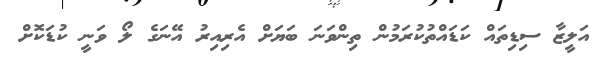
އަލީޒާ ސިޑިތައް ކަޑައްތުކުރަމުން ތިންވަނަ ބަޔަށް އެރިއިރު އޭނަގެ ލޯ ވަނީ ކުޑަކޮށް